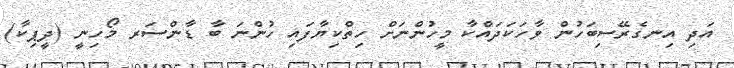
އަދި އިނގެރޭސިބަހުން ވާހަކަދައްކާ މީހުންނަށް ހިތްކިޔާފައި ހުންނަ ބާ ޑާންސަރ މޯހިނީ (ދީޕިކާ)